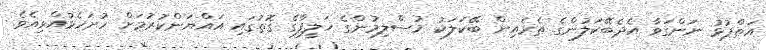
އަތްޕުޅު ނަންގަވާ އެދެބޭކަލުންގެ ތެރެއިން ބޭކަލަކު މުސްލިމުންގެ ޚަލީފާގެ ގޮތުގައި އައްޔަންކުރުމަށް ހުށަހެޅުއްވިއެވެ.